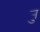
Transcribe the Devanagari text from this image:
र्‍ाु